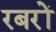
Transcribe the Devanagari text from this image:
रबरों